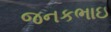
જનકભાઇ